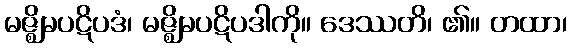
မဇ္ဈိမပဋိပဒံ၊ မဇ္ဈိမပဋိပဒါကို။ ဒေဿတိ၊ ၏။ တထာ၊